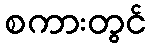
စကားတွင်